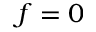
f = 0